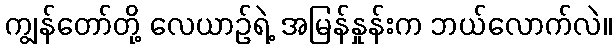
ကျွန်တော်တို့ လေယာဉ်ရဲ့ အမြန်နှုန်းက ဘယ်လောက်လဲ။